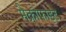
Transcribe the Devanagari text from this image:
मैक्रोफाइट